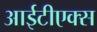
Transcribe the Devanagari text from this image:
आईटीएक्स